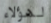
لهؤلاء